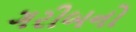
ગરીબનો